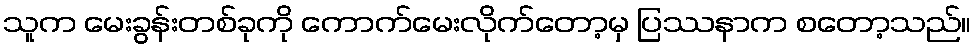
သူက မေးခွန်းတစ်ခုကို ကောက်မေးလိုက်တော့မှ ပြဿနာက စတော့သည်။